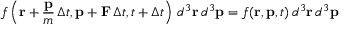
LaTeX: f \left( \mathbf { r } + { \frac { \mathbf { p } } { m } } \, \Delta t , \mathbf { p } + \mathbf { F } \, \Delta t , t + \Delta t \right) \, d ^ { 3 } \mathbf { r } \, d ^ { 3 } \mathbf { p } = f ( \mathbf { r } , \mathbf { p } , t ) \, d ^ { 3 } \mathbf { r } \, d ^ { 3 } \mathbf { p }